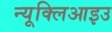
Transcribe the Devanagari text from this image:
न्यूक्लिआइउ